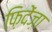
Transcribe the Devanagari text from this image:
फ़िदेंज़ा